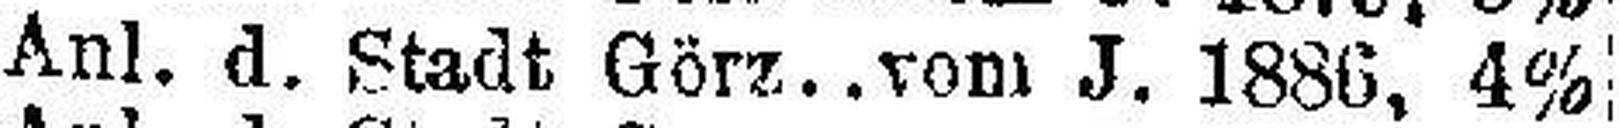
Anl. d. Stadt Görz vom J. 1886, 4%